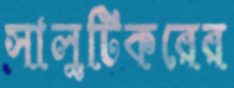
সালুটিকরের